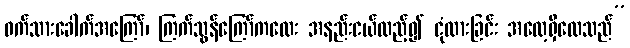
ဝက်သားခေါက်အကြော်၊ ကြက်သွန်ကြော်ကလေး အနည်းငယ်ထည့်၍ ငုံထားခြင်း အလေ့ရှိလေသည်”